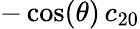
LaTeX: -\cos(\theta)\, c_{20}